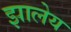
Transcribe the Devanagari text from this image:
झालेय